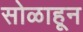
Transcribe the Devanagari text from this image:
सोळाहून